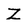
Character: Z